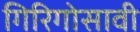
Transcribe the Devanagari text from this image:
गिरिगोसावी